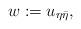
LaTeX: \begin{align*}w:=u_{\eta\bar \eta}, \end{align*}